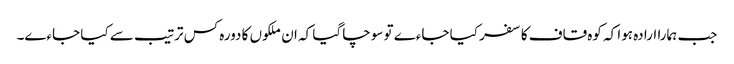
جب ہمارا ارادہ ہوا کہ کوہ قاف کا سفر کیا جاءے تو سوچا گیا کہ ان ملکوں کا دورہ کس ترتیب سے کیا جاءے۔